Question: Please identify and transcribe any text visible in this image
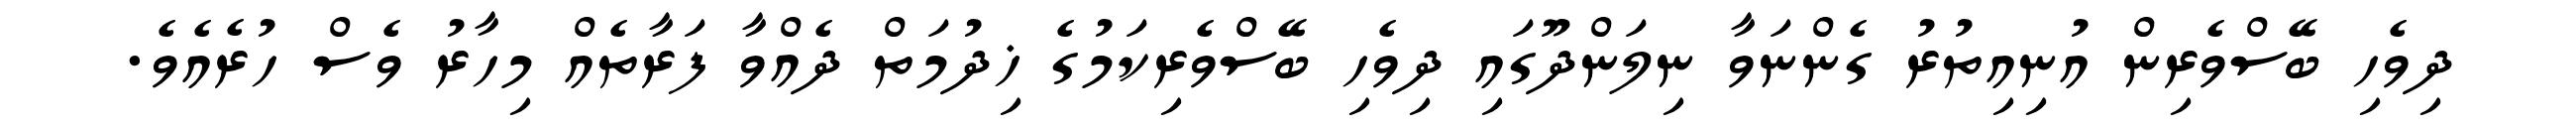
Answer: ދިވެހި ބޭސްވެރިން އުނިއިތުރު ގެންނަވާ ނިލަންދޫގައި ދިވެހި ބޭސްވެރިކަމުގެ ޚިދުމަތް ދެއްވާ ފަރާތެއް މިހާރު ވެސް ހުރެއެވެ.